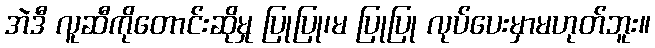
အဲဒီ လူဆီကိုတောင်းဆိုမှု ပြုပြု၊မ ပြုပြု လုပ်ပေးမှာမဟုတ်ဘူး။